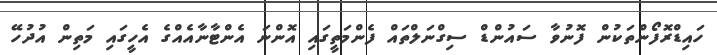
ހައިޑްރޮފޯންތަކުން ފޮނުވާ ސައުންޑް ސިގްނަލްތައް ފެންމަތީގައި އޮންނަ އެންޓާނާއެއްގެ އެހީގައި މަތިން އުދުހޭ